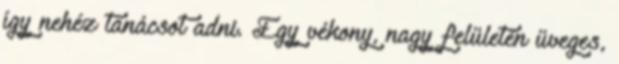
így nehéz tanácsot adni. Egy vékony, nagy felületén üveges,